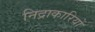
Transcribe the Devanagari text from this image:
निद्राकारियों